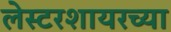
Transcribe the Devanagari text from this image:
लेस्टरशायरच्या